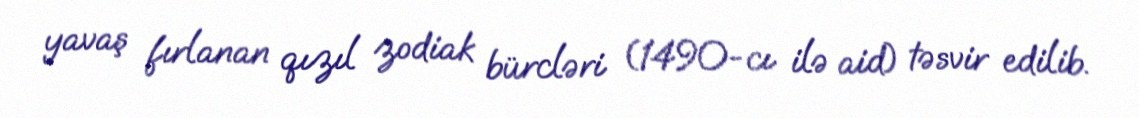
yavaş fırlanan qızıl zodiak bürcləri (1490-cı ilə aid) təsvir edilib.